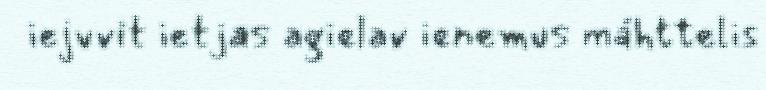
iejvvit ietjas agielav ienemus máhttelis